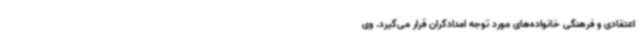
اعتقادی و فرهنگی خانواده‌های مورد توجه امدادگران قرار می‌گیرد. وی